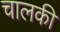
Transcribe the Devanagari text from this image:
चालकी